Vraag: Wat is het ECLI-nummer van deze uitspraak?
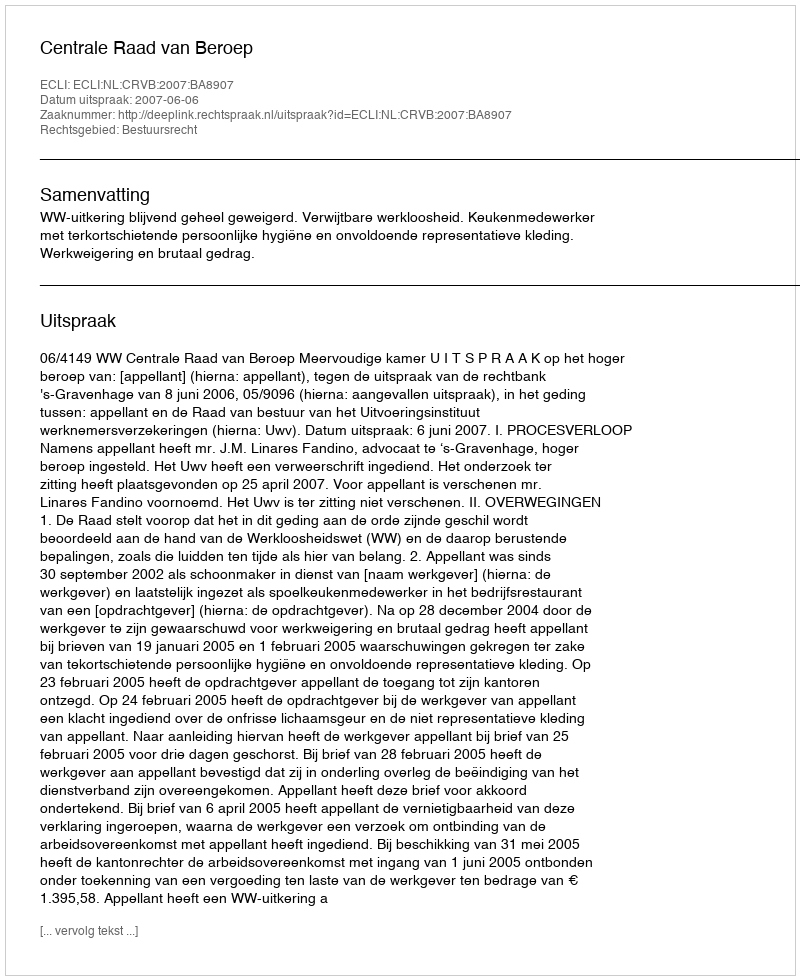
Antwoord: ECLI:NL:CRVB:2007:BA8907